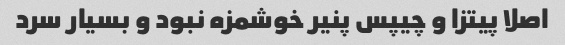
اصلا پیتزا و چیپس پنیر خوشمزه نبود و بسیار سرد